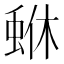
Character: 𮔏